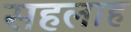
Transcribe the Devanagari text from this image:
सहलाह